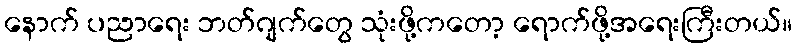
နောက် ပညာရေး ဘတ်ဂျက်တွေ သုံးဖို့ကတော့ ရောက်ဖို့အရေးကြီးတယ်။